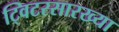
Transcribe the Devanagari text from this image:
ट्विटरसारख्या